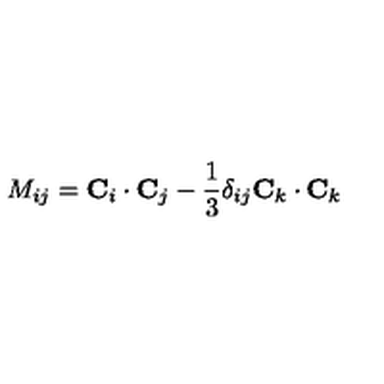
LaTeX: M _ { i j } = { \bf C } _ { i } \cdot { \bf C } _ { j } - { \frac { 1 } { 3 } } \delta _ { i j } { \bf C } _ { k } \cdot { \bf C } _ { k }